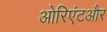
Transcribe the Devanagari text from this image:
ओरिएंटऔर